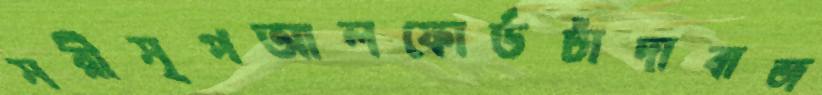
সরীসৃপআলফোর্ডচাঁদাবাজ